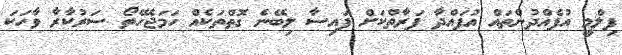
ފިލްމީ އުފެއްދުންތައް އުފައްދާ ފަރާތްކަށް ފައިސާ ލިބޭނެ ގޮތްތަކެއް ހަމަޖެހޭތޯ ސަރުކާރާ ވާހަކަ